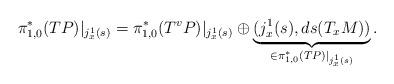
LaTeX: \begin{align*}\pi_{1,0}^*(TP)|_{j^1_x(s)} = \pi_{1,0}^*(T^v P)|_{j^1_x(s)} \oplus \underbrace{(j^1_x(s),ds(T_x M))}_{\in \pi_{1,0}^*(TP)|_{j^1_x(s)}}.\end{align*}